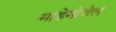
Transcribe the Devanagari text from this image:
माडेमोजेल